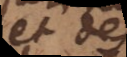
et de